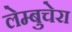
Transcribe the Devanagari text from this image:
लेम्बुचेरा